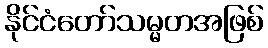
နိုင်ငံတော်သမ္မတအဖြစ်